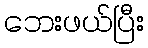
ဘေးဖယ်ပြီး